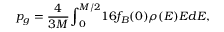
p _ { g } = \frac { 4 } { 3 M } { \int } _ { 0 } ^ { M / 2 } 1 6 f _ { B } ( 0 ) \rho ( E ) E d E ,